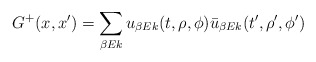
\begin{align*}G^+(x,x')= \sum_{\beta E k} u_{\beta E k}(t,\rho,\phi) \bar{u}_{\beta Ek}(t',\rho',\phi')\end{align*}